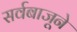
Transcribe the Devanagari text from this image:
सर्वबाजूने